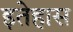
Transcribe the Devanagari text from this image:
इतेहास